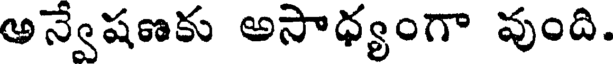
అన్వేషణకు అసాధ్యంగా వుంది.